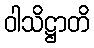
ဝါသိဋ္ဌာတိ